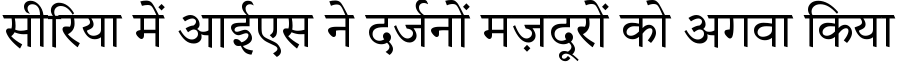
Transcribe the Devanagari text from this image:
सीरिया में आईएस ने दर्जनों मज़दूरों को अगवा किया